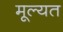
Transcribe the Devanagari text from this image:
मूल्यत